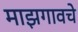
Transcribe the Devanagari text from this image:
माझगावचे